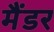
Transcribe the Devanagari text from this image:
मैंडर